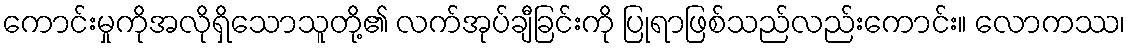
ကောင်းမှုကိုအလိုရှိသောသူတို့၏ လက်အုပ်ချီခြင်းကို ပြုရာဖြစ်သည်လည်းကောင်း။ လောကဿ၊